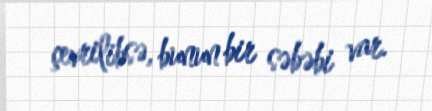
çevrilibsə, bunun bir səbəbi var.